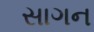
સાગન